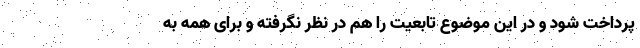
پرداخت شود و در این موضوع تابعیت را هم در نظر نگرفته و برای همه به